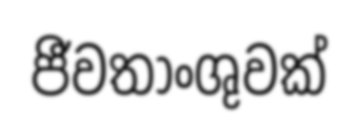
ජීවතාංශුවක්